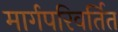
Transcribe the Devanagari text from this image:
मार्गपरिवर्तित